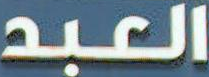
العبد